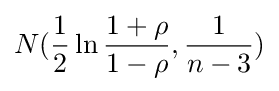
N({1 \over 2}\ln {{1+\rho } \over {1-\rho }},{1 \over n-3})